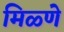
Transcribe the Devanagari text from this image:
मिळ्णे